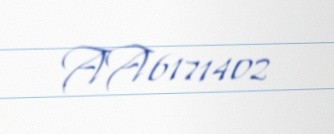
AA6171402